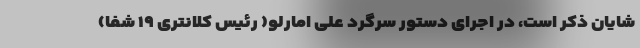
شایان ذکر است، در اجرای دستور سرگرد علی امارلو( رئیس کلانتری ۱۹ شفا)